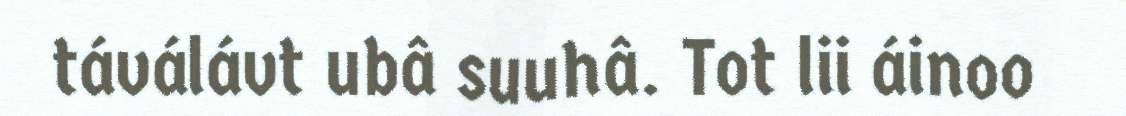
táválávt ubâ suuhâ. Tot lii áinoo